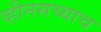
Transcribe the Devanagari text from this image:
व्हीनसच्याच